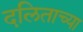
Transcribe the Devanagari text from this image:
दलिताच्या